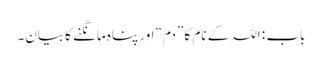
باب : اللہ کے نام کا ”دم“ اور پناہ مانگنے کا بیان۔